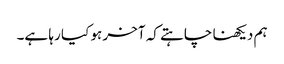
ہم دیکھنا چاہتے کہ آخر ہو کیا رہا ہے۔